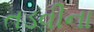
તડવીના